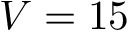
V = 1 5